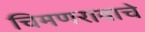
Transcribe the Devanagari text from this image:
चिमणरावाचे